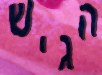
הגיש